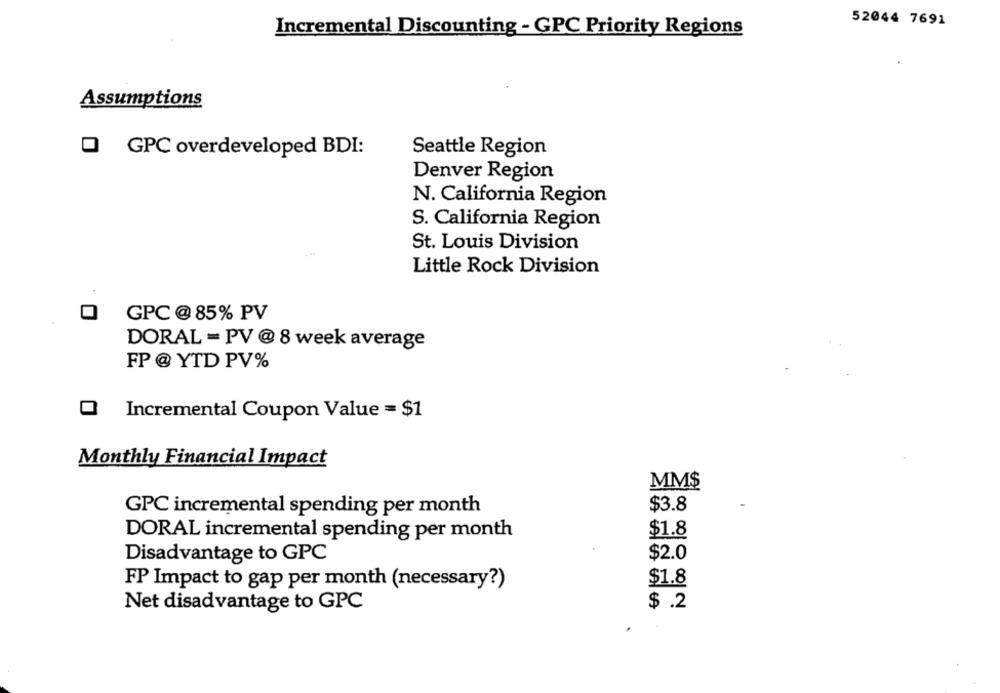
52044 7691
Incremental Discounting - GPC Priority Regions
Assumptions
O GPC overdeveloped BDI:
Seattle Region
Denver Region
N. California Region
S. California Region
St. Louis Division
Little Rock Division
0
GPC @ 85% PV
DORAL = PV @ 8 week average
FP @ YTD PV%
O Incremental Coupon Value = $1
Monthly Financial Impact
MM$
GPC incremental spending per month
$3.8
$1.8
DORAL incremental spending per month
$2.0
Disadvantage to GPC
$1.8
FP Impact to gap per month (necessary?)
Net disadvantage to GPC
$ .2